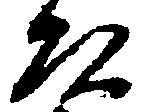
頭